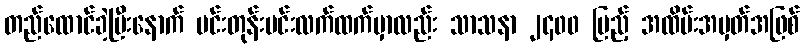
တည်ထောင်ခဲ့ပြီးနောက် မင်းတုန်းမင်းလက်ထက်မှာလည်း သာသနာ ၂၄၀၀ ပြည့် အထိမ်းအမှတ်အဖြစ်